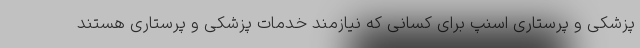
پزشکی و پرستاری اسنپ برای کسانی که نیازمند خدمات پزشکی و پرستاری هستند